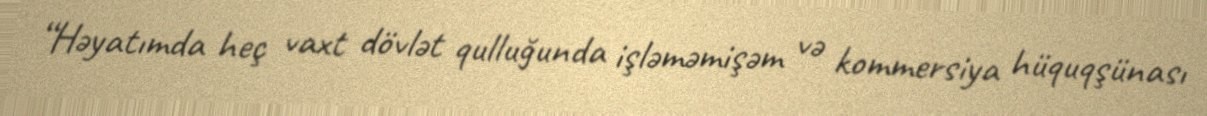
“Həyatımda heç vaxt dövlət qulluğunda işləməmişəm və kommersiya hüquqşünası